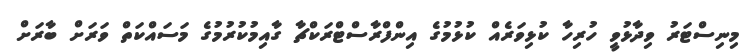
މިނިސްޓަރު ވިދާޅުވީ ހުރިހާ ކުޅިވަރެއް ކުޅުމުގެ އިންފްރާސްޓްރަކްޗާ ގާއިމުކުރުމުގެ މަސައްކަތް ވަރަށް ބާރަށް